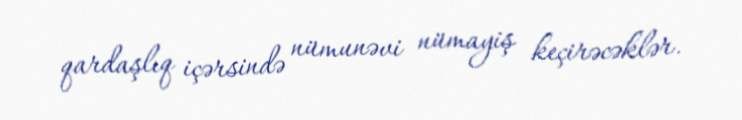
qardaşlıq içərsində nümunəvi nümayiş keçirəcəklər.